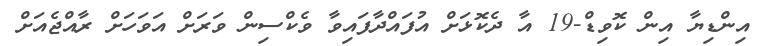
އިންޑިޔާ އިން ކޮވިޑް-19 އާ ދެކޮޅަށް އުފައްދާފައިވާ ވެކްސިން ވަރަށް އަވަހަށް ރާއްޖެއަށް